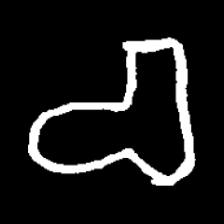
Pyu character \u2014 Myanmar letter: စ (romanized: ca)